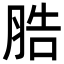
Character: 𦛩